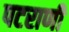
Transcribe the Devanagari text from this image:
पटराणी